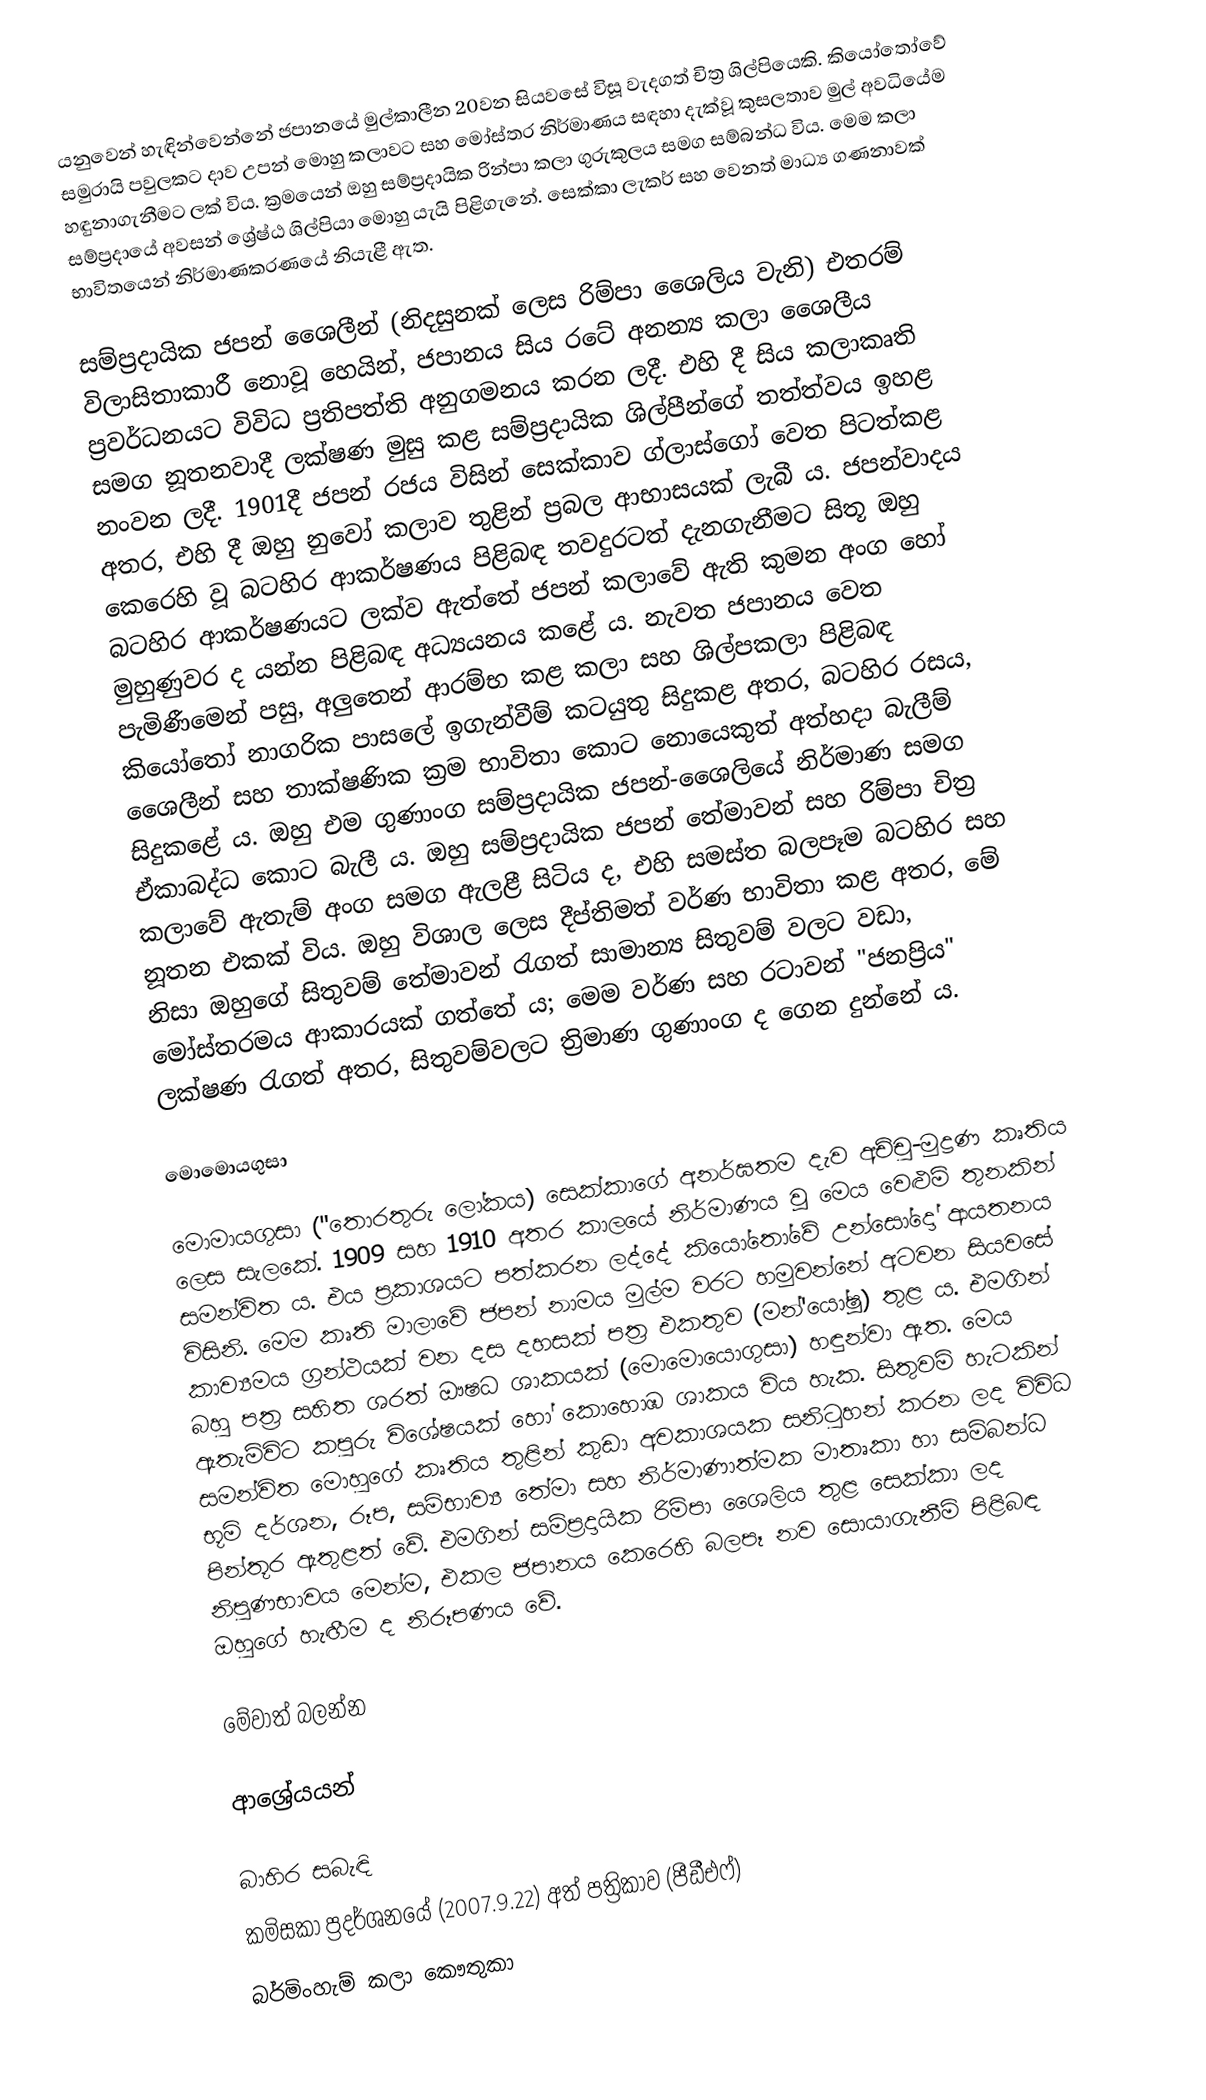
යනුවෙන් හැඳින්වෙන්නේ ජපානයේ මුල්කාලීන 20වන සියවසේ විසූ වැදගත් චිත්‍ර ශිල්පියෙකි. කියෝතෝවේ සමුරායි පවුලකට දාව උපන් මොහු කලාවට සහ මෝස්තර නිර්මාණය සඳහා දැක්වූ කුසලතාව මුල් අවධියේම හඳුනාගැනීමට ලක් විය. ක්‍රමයෙන් ඔහු සම්ප්‍රදායික රින්පා කලා ගුරුකුලය සමග සම්බන්ධ විය. මෙම කලා සම්ප්‍රදායේ අවසන් ශ්‍රේෂ්ඨ ශිල්පියා මොහු යැයි පිළිගැනේ. සෙක්කා ලැකර් සහ වෙනත් මාධ්‍ය ගණනාවක් භාවිතයෙන් නිර්මාණකරණයේ නියැළී ඇත.

සම්ප්‍රදායික ජපන් ශෛලීන් (නිදසුනක් ලෙස රිම්පා ශෛලිය වැනි) එතරම් විලාසිතාකාරී නොවූ හෙයින්, ජපානය සිය රටේ අනන්‍ය කලා ශෛලීය ප්‍රවර්ධනයට විවිධ ප්‍රතිපත්ති අනුගමනය කරන ලදී. එහි දී සිය කලාකෘති සමග නූතනවාදී ලක්ෂණ මුසු කළ සම්ප්‍රදායික ශිල්පීන්ගේ තත්ත්වය ඉහළ නංවන ලදී. 1901දී ජපන් රජය විසින් සෙක්කාව ග්ලාස්ගෝ වෙත පිටත්කළ අතර, එහි දී ඔහු නුවෝ කලාව තුළින් ප්‍රබල ආභාසයක් ලැබී ය. ජපන්වාදය කෙරෙහි වූ බටහිර ආකර්ෂණය පිළිබඳ තවදුරටත් දැනගැනීමට සිතූ ඔහු බටහිර ආකර්ෂණයට ලක්ව ඇත්තේ ජපන් කලාවේ ඇති කුමන අංග හෝ මුහුණුවර ද යන්න පිළිබඳ අධ්‍යයනය කළේ ය. නැවත ජපානය වෙත පැමිණීමෙන් පසු, ‍අලුතෙන් ආරම්භ කළ කලා සහ ශිල්පකලා පිළිබඳ කියෝතෝ නාගරික පාසලේ ඉගැන්වීම් කටයුතු සිදුකළ අතර, බටහිර රසය, ශෛලීන් සහ තාක්ෂණික ක්‍රම භාවිතා කොට නොයෙකුත් අත්හදා බැලීම් සිදුකළේ ය.  ඔහු එම ගුණාංග සම්ප්‍රදායික ජපන්-ශෛලියේ නිර්මාණ සමග ඒකාබද්ධ කොට බැලී ය. ඔහු සම්ප්‍රදායික ජපන් තේමාවන් සහ රිම්පා චිත්‍ර කලාවේ ඇතැම් අංග සමග ඇලළී සිටිය ද, එහි සමස්ත බලපෑම බටහිර සහ නූතන එකක් විය. ඔහු විශාල ලෙස දීප්තිමත් වර්ණ භාවිතා කළ අතර, මේ නිසා ඔහුගේ සිතුවම් තේමාවන් රැගත් සාමාන්‍ය සිතුවම් වලට වඩා, මෝස්තරමය ආකාරයක් ගත්තේ ය; මෙම වර්ණ සහ රටාවන් "ජනප්‍රිය" ලක්ෂණ රැගත් අතර, සිතුවම්වලට ත්‍රිමාණ ගුණාංග ද ගෙන දුන්නේ ය.

මොමොයගුසා

මොමායගුසා ("තොරතුරු ලෝකය) සෙක්කාගේ අනර්ඝතම දැව අච්චු-මුද්‍රණ කෘතිය ලෙස සැලකේ. 1909 සහ 1910 අතර කාලයේ නිර්මාණය වූ මෙය වෙළුම් තුනකින් සමන්විත ය. එය ප්‍රකාශයට පත්කරන ලද්දේ කියෝතෝවේ උන්සෝදෝ ආයතනය විසිනි. මෙම කෘති මාලාවේ ජපන් නාමය මුල්ම වරට හමුවන්නේ අටවන සියවසේ කාව්‍යමය ග්‍රන්ථයක් වන දස දහසක් පත්‍ර එකතුව (මන්'යෝෂූ) තුළ ය. එමගින් බහු පත්‍ර සහිත ශරත් ඖෂධ ශාකයක් (මොමොයොගුසා) හඳුන්වා ඇත. මෙය ඇතැම්විට කපුරු විශේෂයක් හෝ කොහොඹ ශාකය විය හැක. සිතුවම් හැටකින් සමන්විත මොහුගේ කෘතිය තුළින් කුඩා අවකාශයක සනිටුහන් කරන ලද විවිධ භූමි දර්ශන, රූප, සම්භාව්‍ය තේමා සහ නිර්මාණාත්මක මාතෘකා හා සම්බන්ධ පින්තූර ඇතුළත් වේ. එමගින් සම්ප්‍රදායික රිම්පා ශෛලිය තුළ සෙක්කා ලද නිපුණභාවය මෙන්ම, එකල ජපානය කෙරෙහි බලපෑ නව සොයාගැනීම් පිළිබඳ ඔහුගේ හැඟීම ද නිරූපණය වේ.

මේවාත් බලන්න

ආශ්‍රේයයන්

බාහිර සබැඳි
කමිසකා ප්‍රදර්ශනයේ (2007.9.22) අත් පත්‍රිකාව (පීඩීඑෆ්)
බර්මිංහැම් කලා කෞතුකා